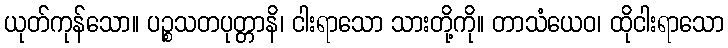
ယုတ်ကုန်သော။ ပဉ္စသတပုတ္တာနိ၊ ငါးရာသော သားတို့ကို။ တာသံယေဝ၊ ထိုငါးရာသော